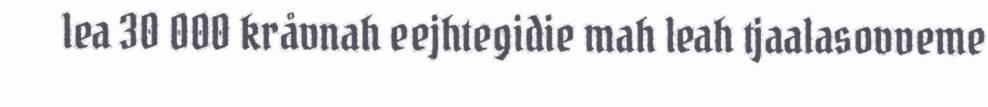
lea 30 000 kråvnah eejhtegidie mah leah tjaalasovveme